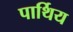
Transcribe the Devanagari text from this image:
पार्थिय